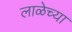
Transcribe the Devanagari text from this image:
लाळेच्या